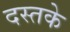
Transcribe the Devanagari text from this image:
दस्तके